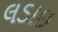
લડાઇ